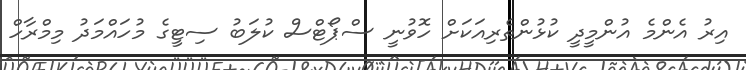
އިރު އެންމެ އުންމީދީ ކުޅުންތެރިއަކަށް ހޮވުނީ ސްޕޯޓްސް ކުލަބު ސިޓީގެ މުހައްމަދު މިމްރާހް